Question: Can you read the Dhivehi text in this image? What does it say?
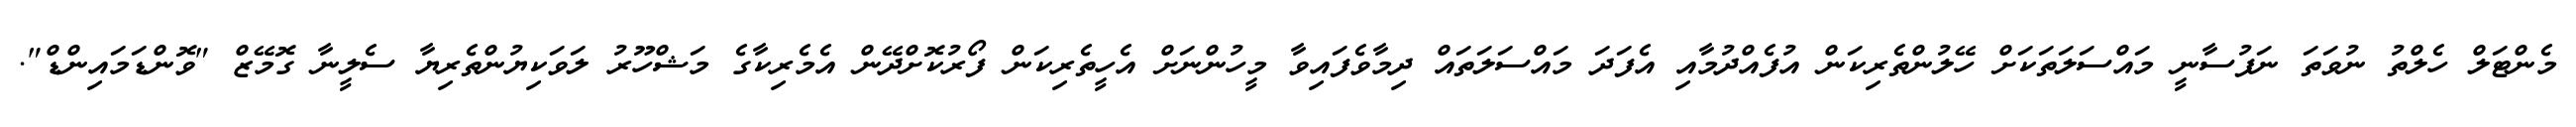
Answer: މެންޓަލް ހެލްތު ނުވަތަ ނަފުސާނީ މައްސަލަތަކަށް ހޭލުންތެރިކަން އުފެއްދުމާއި އެފަދަ މައްސަލަތައް ދިމާވެފައިވާ މީހުންނަށް އެހީތެރިކަން ފޯރުކޮށްދޭން އެމެރިކާގެ މަޝްހޫރު ލަވަކިޔުންތެރިޔާ ސެލީނާ ގޮމޭޒް "ވޮންޑަމައިންޑް".